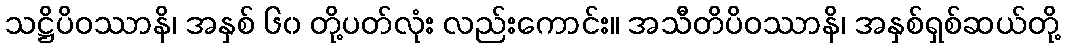
သဋ္ဌိပိဝဿာနိ၊ အနှစ် ၆၀ တို့ပတ်လုံး လည်းကောင်း။ အသီတိပိဝဿာနိ၊ အနှစ်ရှစ်ဆယ်တို့